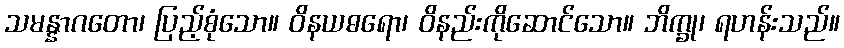
သမန္နာဂတော၊ ပြည့်စုံသော။ ဝိနယဓရော၊ ဝိနည်းကိုဆောင်သော။ ဘိက္ခု၊ ရဟန်းသည်။